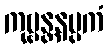
ကုဗ္ဗန္တနပ္ပကံ